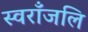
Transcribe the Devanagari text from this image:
स्वराँजलि